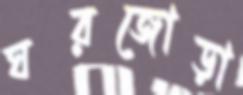
ঘরজোড়া